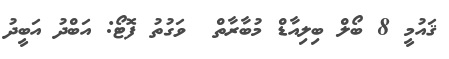
ޤައުމީ 8 ބޯލް ބިލިއާޑް މުބާރާތް  ވަގުތު ފޮޓޯ: އަބްދު އަބީދު